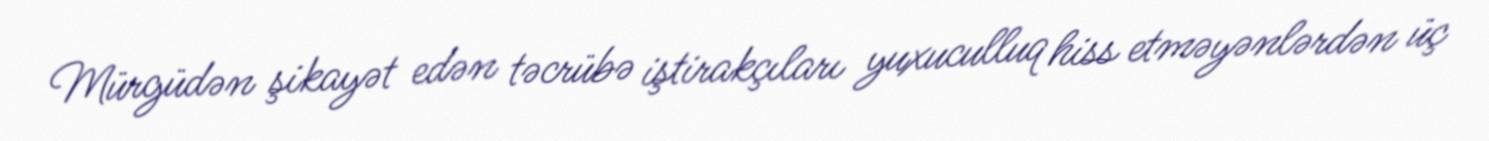
Mürgüdən şikayət edən təcrübə iştirakçıları yuxuculluq hiss etməyənlərdən üç